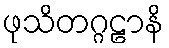
ဖုသိတဂ္ဂဠာနိ